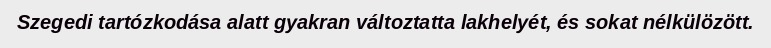
Szegedi tartózkodása alatt gyakran változtatta lakhelyét, és sokat nélkülözött.